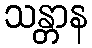
သန္တာန